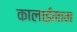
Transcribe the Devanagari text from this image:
कालाईमाम